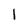
Character: l